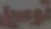
توسيل